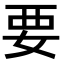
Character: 要